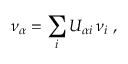
\nu _ { \alpha } = \sum _ { i } U _ { \alpha i } \, \nu _ { i } \ ,